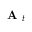
\textbf { A } _ { t }